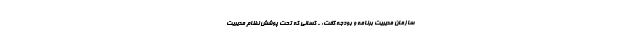
سازمان مدیریت برنامه و بودجه گفت: - کسانی که تحت پوشش نظام مدیریت